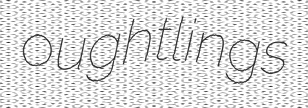
oughtlings